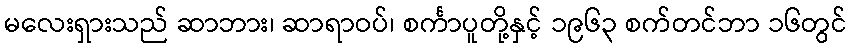
မလေးရှားသည် ဆာဘား၊ ဆာရာဝပ်၊ စင်္ကာပူတို့နှင့် ၁၉၆၃ စက်တင်ဘာ ၁၆တွင်